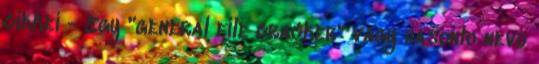
cikkei - Egy "general file cracker" vagy hasonlo nevu